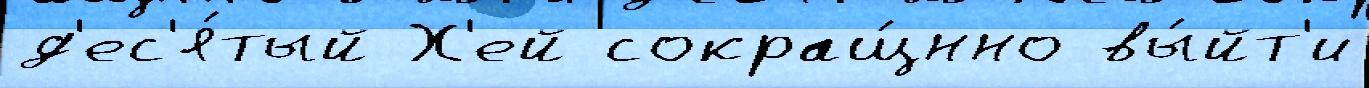
д'ес'я́тый Х'ей сокращ́нно вы́йт'и